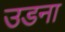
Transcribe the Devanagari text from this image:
उडना